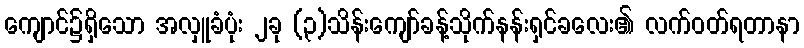
ကျောင်၌ရှိသော အလှူခံပုံး ၂ခု (၃)သိန်းကျော်ခန့်သိုက်နန်းရှင်ခလေး၏ လက်ဝတ်ရတာနာ